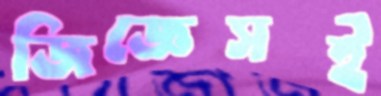
জিজ্ঞেসই